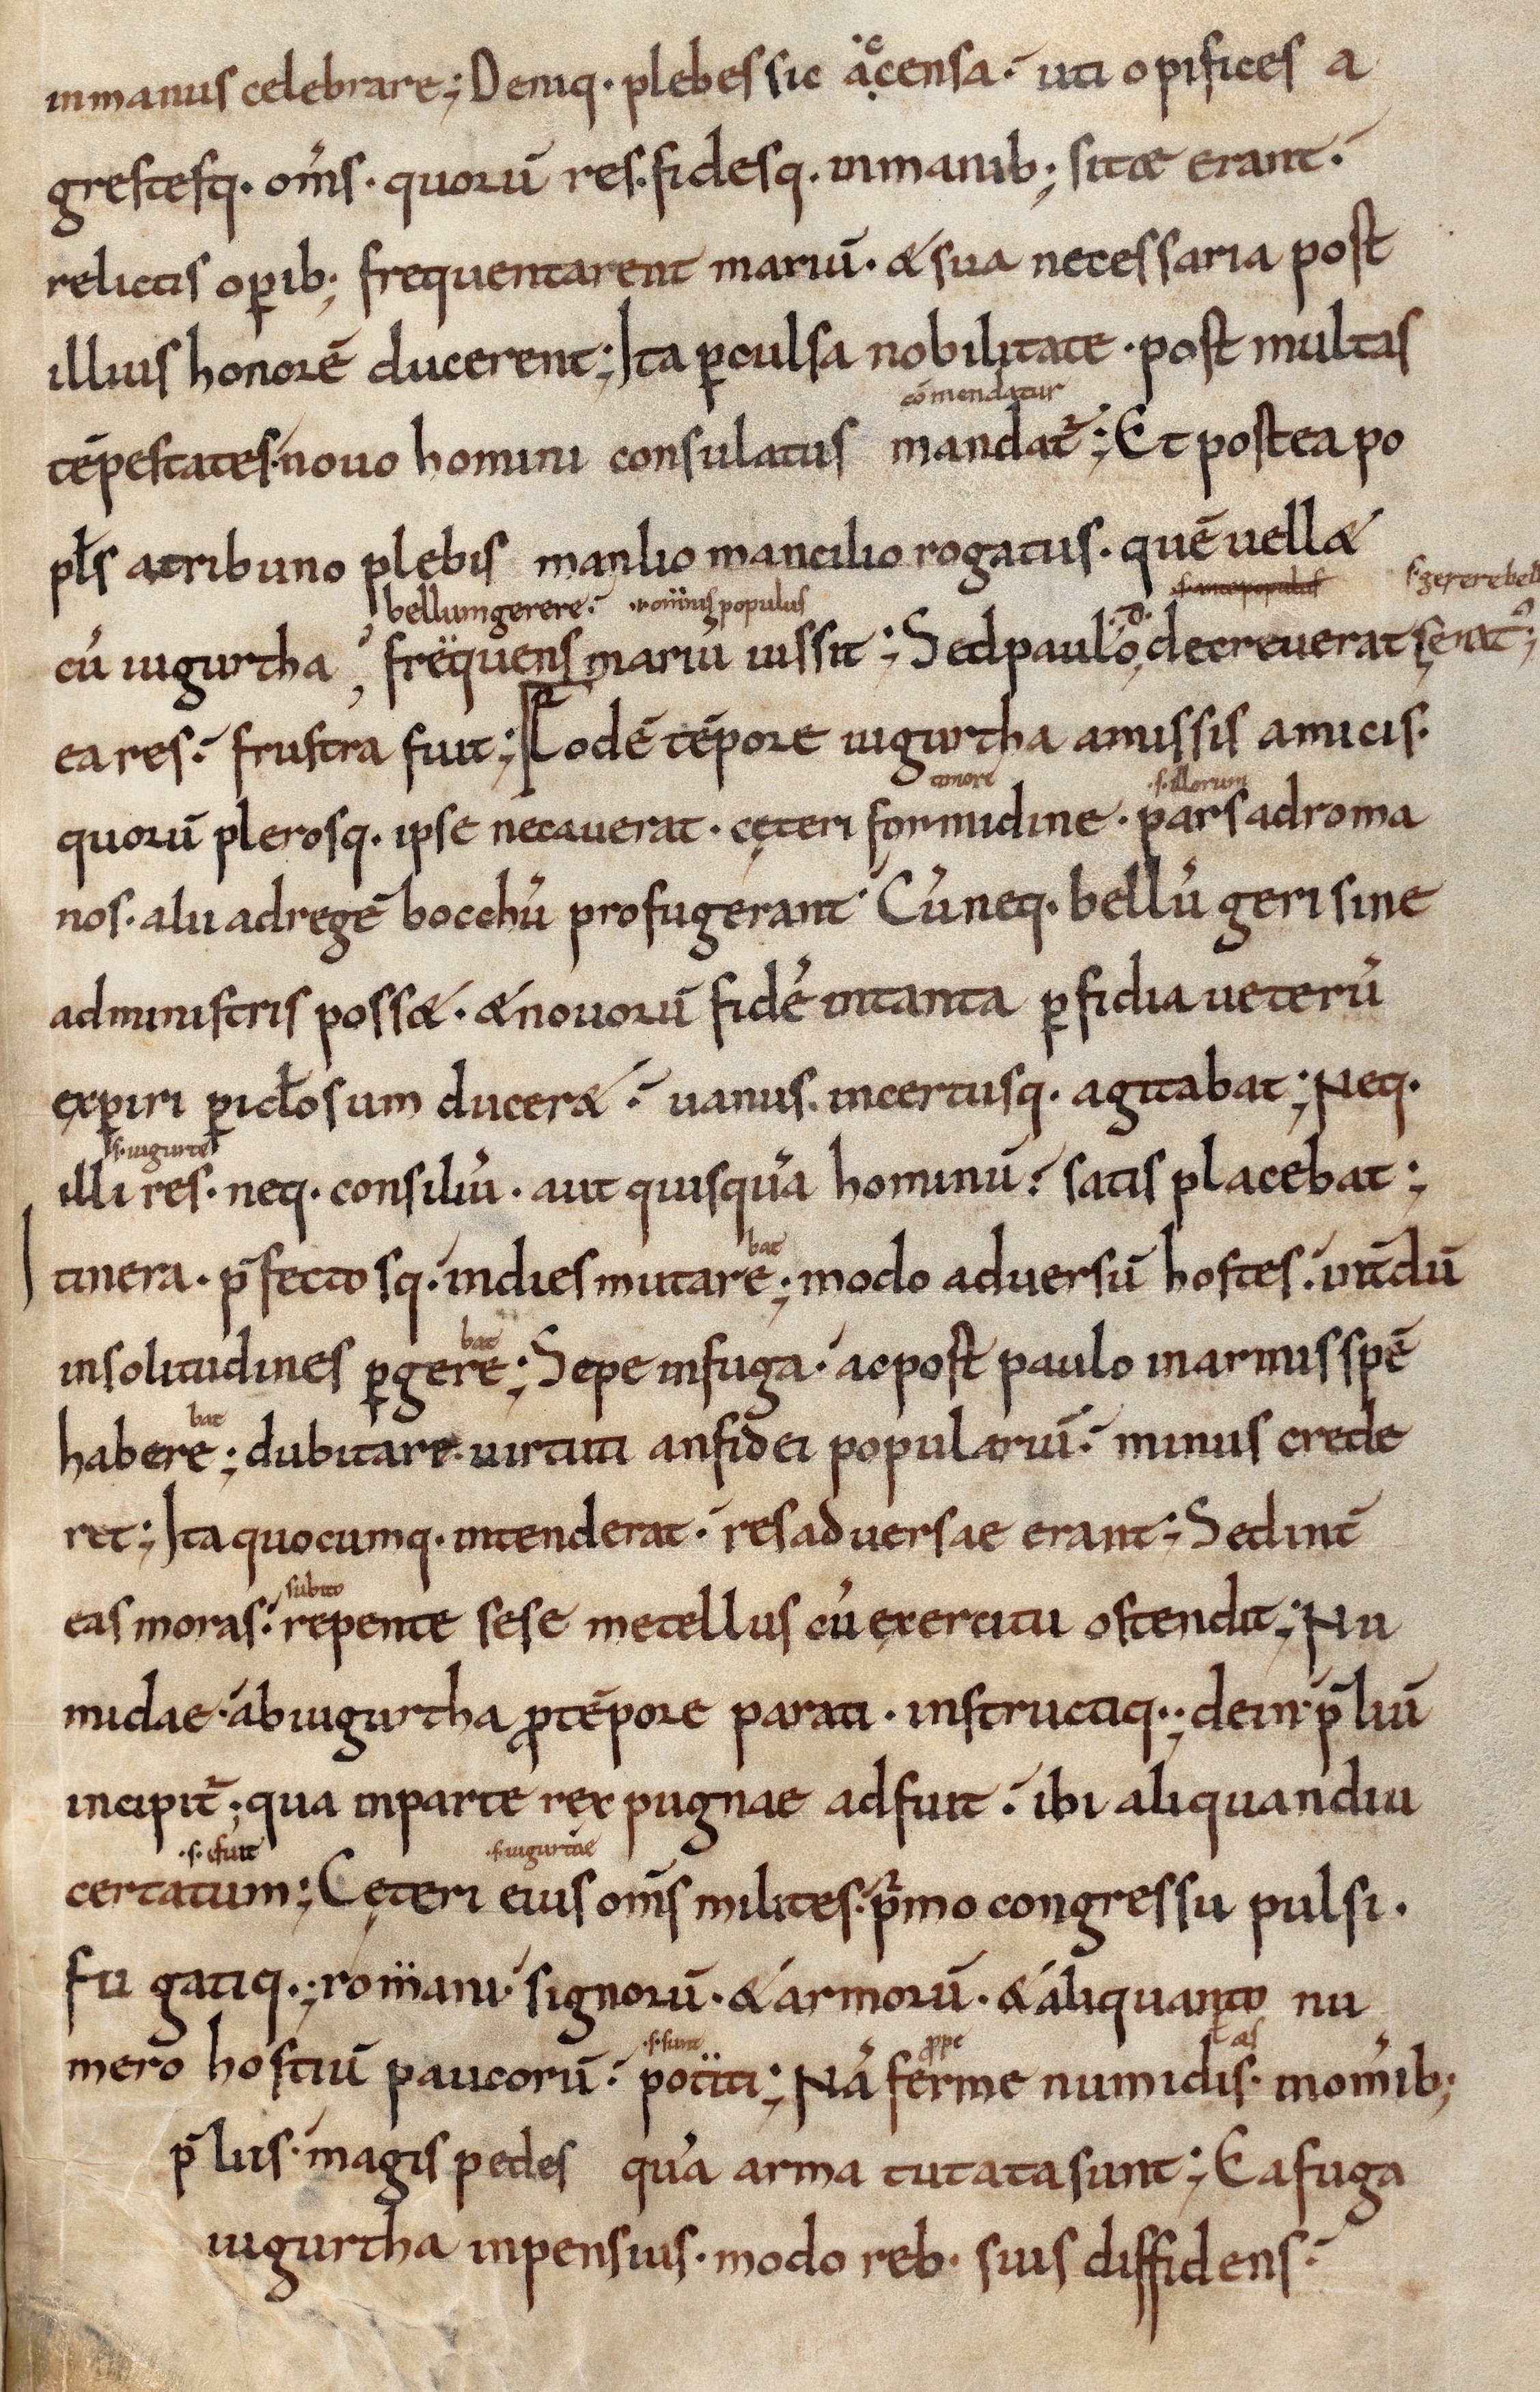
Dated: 1000–1099